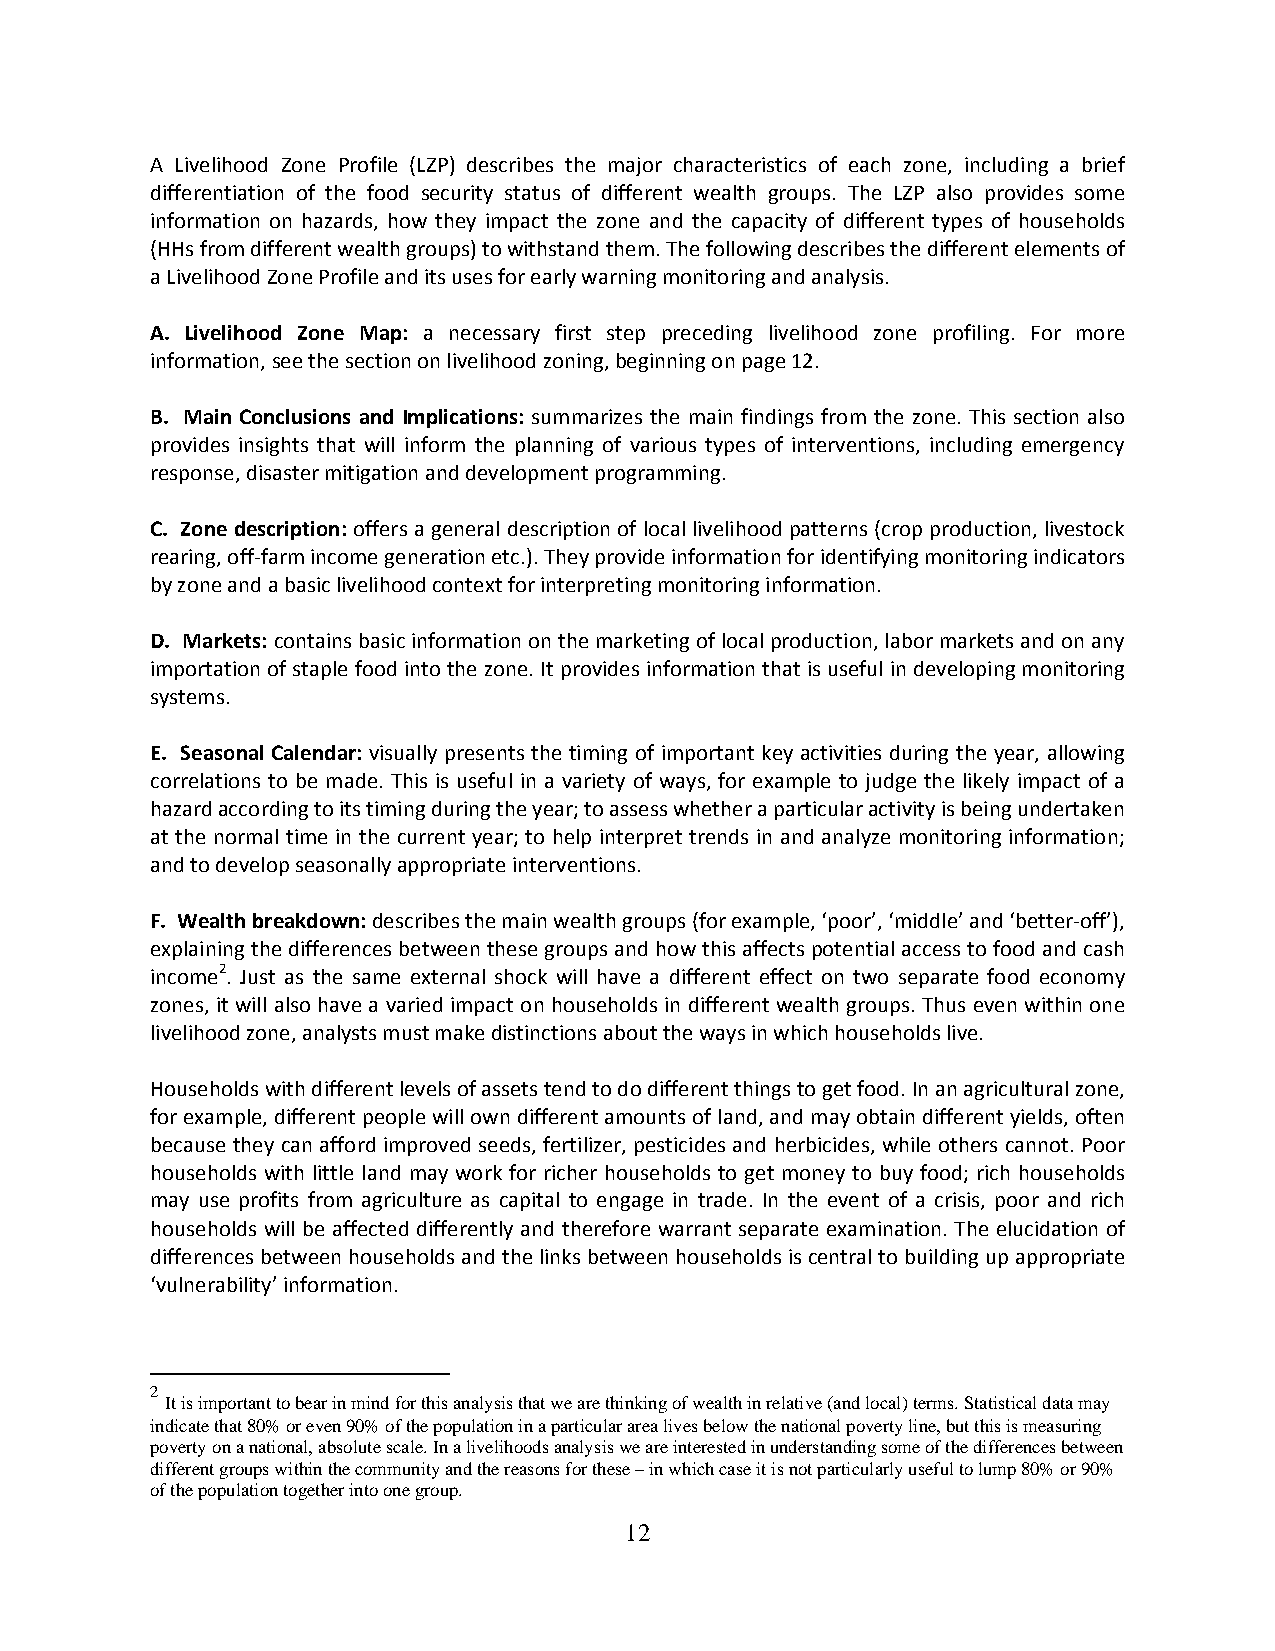
A Livelihood Zone Profile (LZP) describes the major characteristics of each zone, including a brief
 differentiation of the food security status of different wealth groups. The LZP also provides some
 information on hazards, how they impact the zone and the capacity of different types of households
 (HHs from different wealth groups) to withstand them. The following describes the different elements of
 a Livelihood Zone Profile and its uses for early warning monitoring and analysis.
 A. Livelihood Zone Map: a necessary first step preceding livelihood zone profiling. For more
 information, see the section on livelihood zoning, beginning on page 12.
 B. Main Conclusions and Implications: summarizes the main findings from the zone. This section also
 provides insights that will inform the planning of various types of interventions, including emergency
 response, disaster mitigation and development programming.
 C. Zone description: offers a general description of local livelihood patterns (crop production, livestock
 rearing, off‐farm income generation etc.). They provide information for identifying monitoring indicators
 by zone and a basic livelihood context for interpreting monitoring information.
 D. Markets: contains basic information on the marketing of local production, labor markets and on any
 importation of staple food into the zone. It provides information that is useful in developing monitoring
 systems.
 E. Seasonal Calendar: visually presents the timing of important key activities during the year, allowing
 correlations to be made. This is useful in a variety of ways, for example to judge the likely impact of a
 hazard according to its timing during the year; to assess whether a particular activity is being undertaken
 at the normal time in the current year; to help interpret trends in and analyze monitoring information;
 and to develop seasonally appropriate interventions.
 F. Wealth breakdown: describes the main wealth groups (for example, ‘poor’, ‘middle’ and ‘better‐off’),
 explaining the differences between these groups and how this affects potential access to food and cash
 income2. Just as the same external shock will have a different effect on two separate food economy
 zones, it will also have a varied impact on households in different wealth groups. Thus even within one
 livelihood zone, analysts must make distinctions about the ways in which households live.
 Households with different levels of assets tend to do different things to get food. In an agricultural zone,
 for example, different people will own different amounts of land, and may obtain different yields, often
 because they can afford improved seeds, fertilizer, pesticides and herbicides, while others cannot. Poor
 households with little land may work for richer households to get money to buy food; rich households
 may use profits from agriculture as capital to engage in trade. In the event of a crisis, poor and rich
 households will be affected differently and therefore warrant separate examination. The elucidation of
 differences between households and the links between households is central to building up appropriate
 ‘vulnerability’ information.
 2
 It is important to bear in mind for this analysis that we are thinking of wealth in relative (and local) terms. Statistical data may
 indicate that 80% or even 90% of the population in a particular area lives below the national poverty line, but this is measuring
 poverty on a national, absolute scale. In a livelihoods analysis we are interested in understanding some of the differences between
 different groups within the community and the reasons for these – in which case it is not particularly useful to lump 80% or 90%
 of the population together into one group.
 12